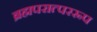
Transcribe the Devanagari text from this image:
ब्रह्मपरात्पररूप